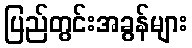
ပြည်တွင်းအခွန်များ